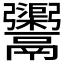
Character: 𩱮